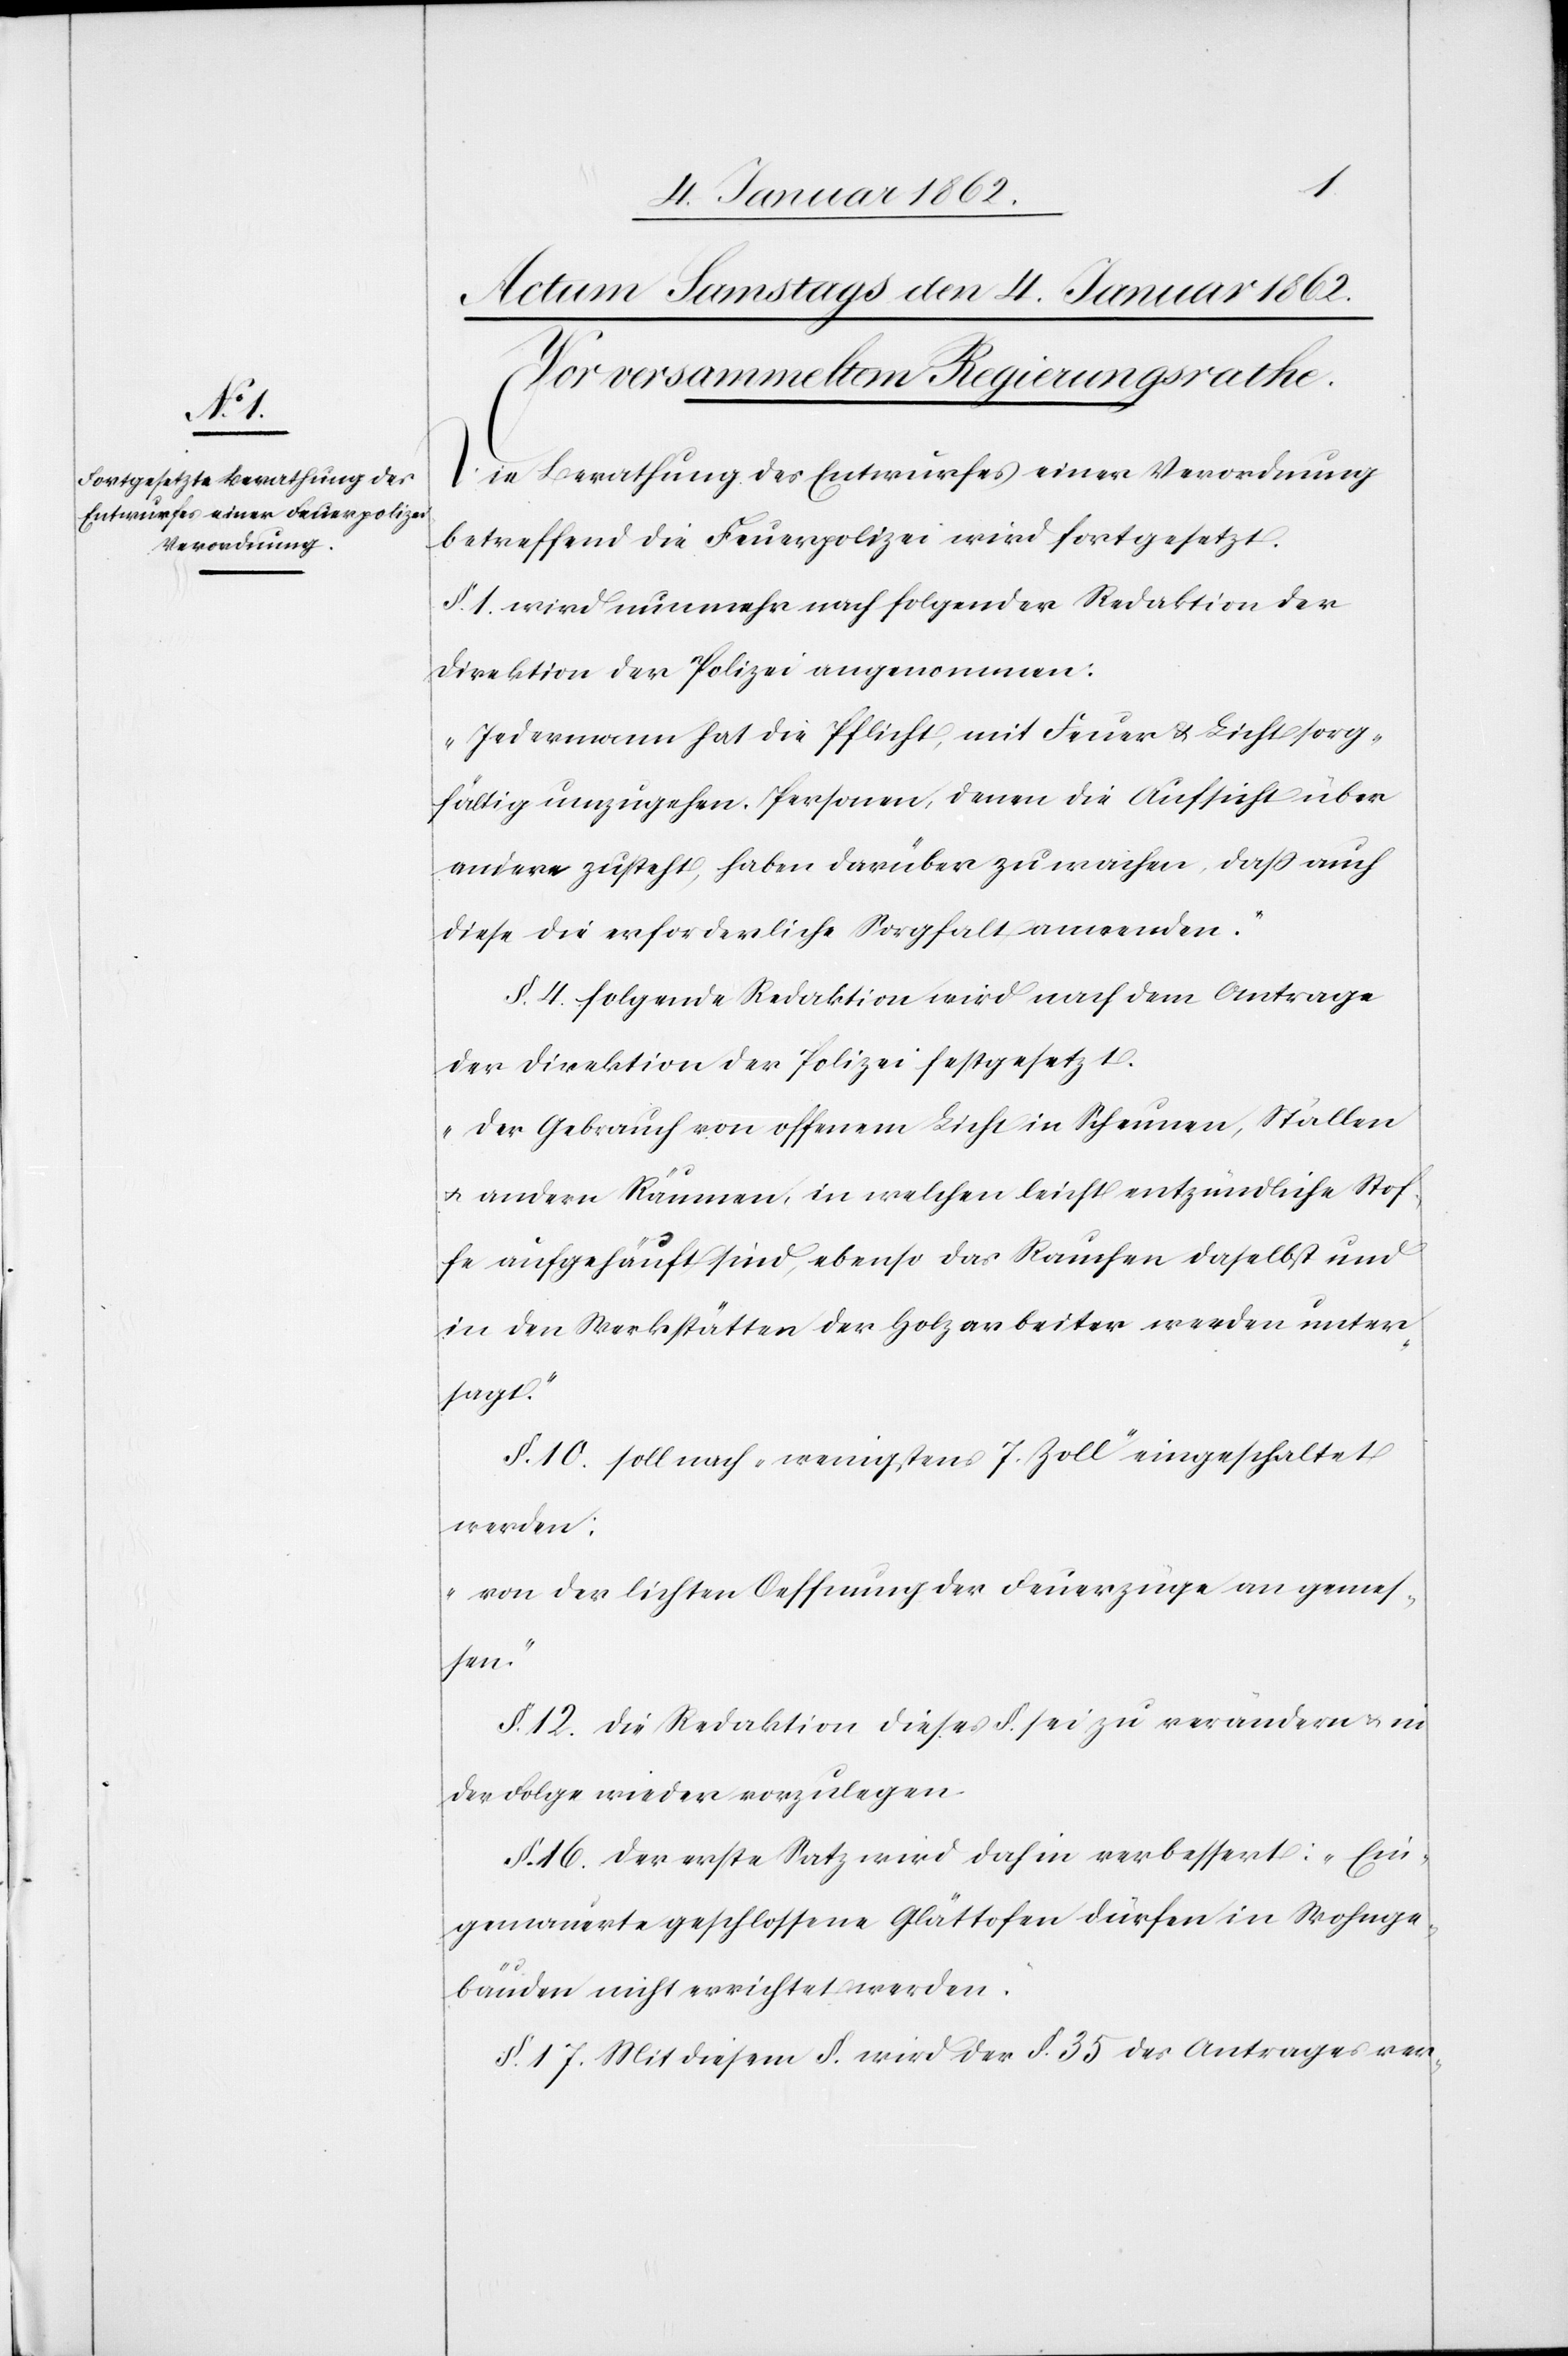
Die

Berathung des Entwurfes einer Verordnung
betreffend die Feuerpolizei wird fortgesetzt.
§. 1. wird nunmehr nach folgender Redaktion der
Direktion der Polizei angenommen:
„Jedermann hat die Pflicht, mit Feuer & Licht sorg¬
fältig umzugehen. Personen, denen die Aufsicht über
andere zusteht, haben darüber zu wachen, daß auch
diese die erforderliche Sorgfalt anwenden.“
§. 4. folgende Redaktion wird nach dem Antrage
der Direktion der Polizei festgesetzt.
„Der Gebrauch von offenem Licht in Scheunen, Ställen
u. andern Räumen, in welchen leicht entzündliche Stof¬
fe aufgehäuft sind, ebenso das Rauchen daselbst und
in den Werkstätten der Holzarbeiter werden unter¬
sagt.“
§. 10. soll nach „wenigstens 7. Zoll“ eingeschaltet
werden:
„von der lichten Oeffnung der Feuerzüge an gemes¬
sen“.
§. 12. die Redaktion dieses §. sei zu verändern u. in
der Folge wieder vorzulegen.
§. 16. der erste Satz wird dahin verbessert: „Ein¬
gemauerte geschlossene Glättofen dürfen in Wohnge¬
bäuden nicht errichtet werden.“
§. 17. Mit diesem §. wird der §. 35 des Antrages ver-